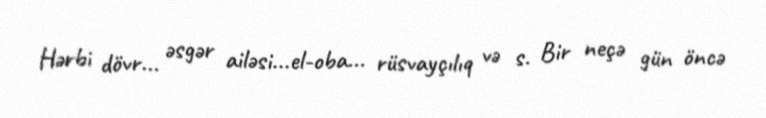
Hərbi dövr... əsgər ailəsi...el-oba... rüsvayçılıq və s. Bir neçə gün öncə